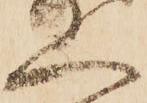
人